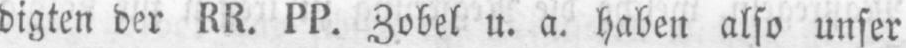
digten der RR. PP. Zobel u. a. haben also unser